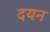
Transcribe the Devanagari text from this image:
दयन